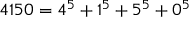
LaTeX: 4 1 5 0 = 4 ^ { 5 } + 1 ^ { 5 } + 5 ^ { 5 } + 0 ^ { 5 }